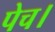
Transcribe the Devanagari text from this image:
पेच।